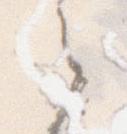
之